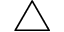
\triangle